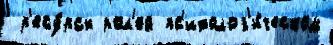
 р'есу́рсы рол'ей пс'ихолог'и́ческом